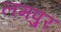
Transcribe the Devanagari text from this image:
लमपुर